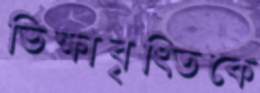
ভিক্ষাবৃত্তিকে